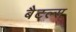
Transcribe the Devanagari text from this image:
बैटल्स